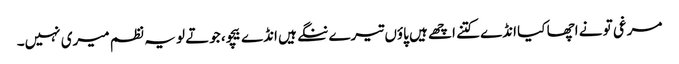
مرغی تو نے اچھا کیا انڈے کتنے اچھے ہیں پاؤں تیرے ننگے ہیں انڈے بیچو، جوتے لو یہ نظم میری نہیں۔